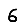
Digit: 6